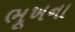
ભૂખના